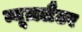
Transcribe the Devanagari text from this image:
न्यूज़लैटर